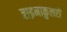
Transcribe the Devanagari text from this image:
बाइनाकुलरों